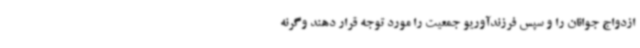
ازدواج جوانان را و سپس فرزندآوریو جمعیت را مورد توجه قرار دهند وگرنه